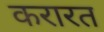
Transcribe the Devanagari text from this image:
करारत